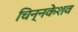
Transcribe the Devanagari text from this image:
चिन्नकेशव